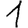
Digit: 1